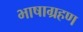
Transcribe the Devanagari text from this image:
भाषाग्रहण